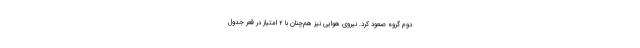
دوم گروه صعود کرد. نیروی هوایی نیز هم‌چنان با ۲ امتیاز در قعر جدول